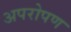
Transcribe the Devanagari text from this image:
अपरोपण